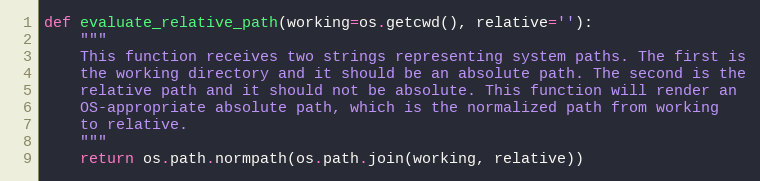
Language: Python
def evaluate_relative_path(working=os.getcwd(), relative=''):
    """
    This function receives two strings representing system paths. The first is
    the working directory and it should be an absolute path. The second is the
    relative path and it should not be absolute. This function will render an
    OS-appropriate absolute path, which is the normalized path from working
    to relative.
    """
    return os.path.normpath(os.path.join(working, relative))